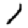
Digit: 1